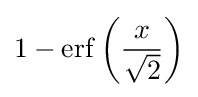
1-\operatorname {erf} \left({\frac {x}{\sqrt {2}}}\right)